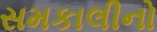
સમકાલીનો